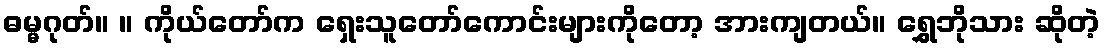
ဓမ္မဂုတ်။ ။ ကိုယ်တော်က ရှေးသူတော်ကောင်းများကိုတော့ အားကျတယ်။ ရွှေဘိုသား ဆိုတဲ့